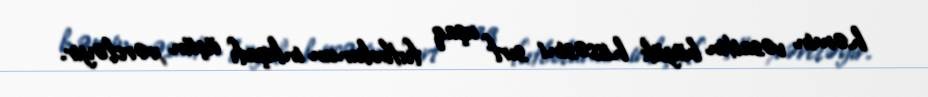
həmin vəsaitin böyük hissəsini sırf uşaq futbolunun inkişafı üçün xərcləyir.